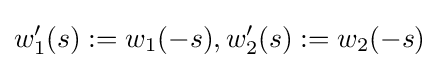
w_{1}'(s):=w_{1}(-s),w_{2}'(s):=w_{2}(-s)